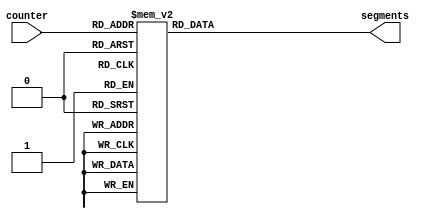
module seg7 (
    input wire [3:0] counter,
    output reg [6:0] segments
);

    always @(*) begin
        case(counter)
            //                7654321
            0:  segments = 7'b0111111;
            1:  segments = 7'b0000110;
            2:  segments = 7'b1011011;
            3:  segments = 7'b1001111;
            4:  segments = 7'b1100110;
            5:  segments = 7'b1101101;
            6:  segments = 7'b1111101;
            7:  segments = 7'b0000111;
            8:  segments = 7'b1111111;
            9:  segments = 7'b1101111;
            10: segments = 7'b1110111;
            11: segments = 7'b1111100;
            12: segments = 7'b0111001;
            13: segments = 7'b1011110;
            14: segments = 7'b1111001;
            15: segments = 7'b1110001;
	    default:
                segments = 7'b0000000;
        endcase
    end

endmodule